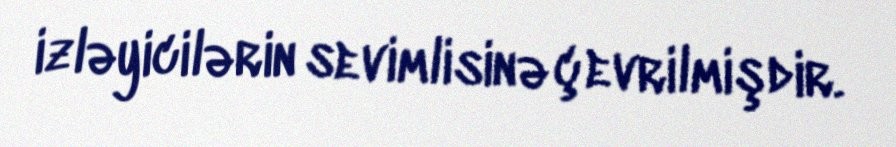
izləyicilərin sevimlisinə çevrilmişdir.